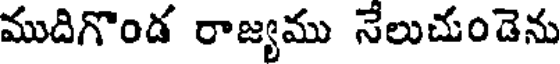
ముదిగొండ రాజ్యము నేలుచుండెను